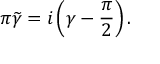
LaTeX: \pi \widetilde { \gamma } = i \left( \gamma - \frac { \pi } { 2 } \right) .